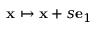
\mathbf { x } \mapsto \mathbf { x } + s \mathbf { e } _ { 1 }